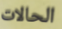
الحالات